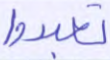
تعبدوا